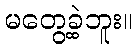
မတွေ့ခဲ့ဘူး။